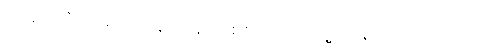
သုတေသီ ဂျာရက် နေးသန် ဘစ်စင်ဂါ က သူ့အမြင်ကို ပြောပါတယ်။